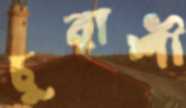
চুরাশী